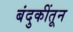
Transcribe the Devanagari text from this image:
बंदुकींतून